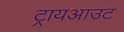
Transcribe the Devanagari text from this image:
ट्रायआउट